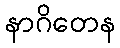
နာဂိတေန